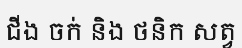
ជីង ចក់ និង ថនិក សត្វ